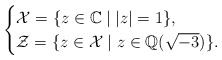
\begin{align*}\begin{cases}\mathcal{X} = \{ z \in \mathbb{C} \mid | z | = 1 \}, \\\mathcal{Z} = \{ z \in \mathcal{X} \mid z \in \mathbb{Q}(\sqrt{-3}) \}.\end{cases}\end{align*}